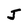
Character: J